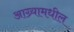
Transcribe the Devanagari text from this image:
आग्र्यामधील